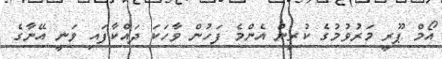
އޯމް ޕޫރީ މަރުވުމުގެ ކުރިން އެންމެ ފަހުން ވާހަކަ ދައްކާފައި ވަނީ އޭނާގެ